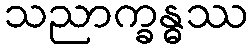
သညာက္ခန္ဓဿ